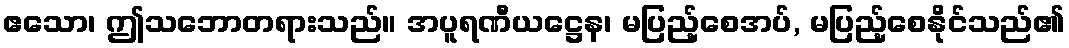
ဧသော၊ ဤသဘောတရားသည်။ အပူရဏီယဋ္ဌေန၊ မပြည့်စေအပ်, မပြည့်စေနိုင်သည်၏